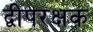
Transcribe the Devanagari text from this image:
द्वीपरक्षक